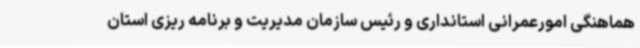
هماهنگی امورعمرانی استانداری و رئیس سازمان مدیریت و برنامه ریزی استان